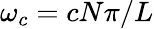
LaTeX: \omega_{c}=cN\pi/L